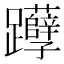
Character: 𰸹